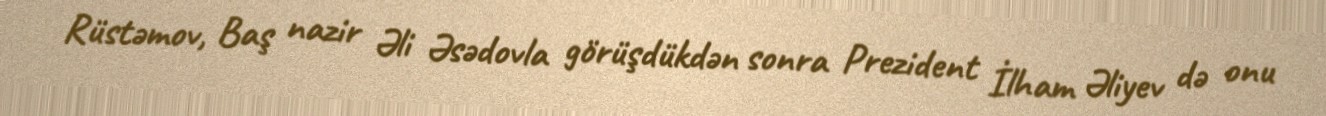
Rüstəmov, Baş nazir Əli Əsədovla görüşdükdən sonra Prezident İlham Əliyev də onu